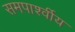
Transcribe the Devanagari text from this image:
समपार्श्वीय